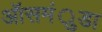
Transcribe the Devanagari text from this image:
ऑसमंुडा